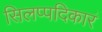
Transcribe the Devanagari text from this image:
सिलप्पदिकारं